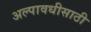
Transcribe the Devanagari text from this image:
अल्पावधीसाठी